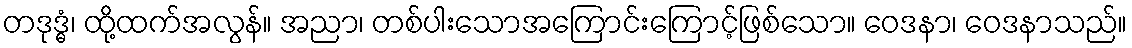
တဒုဒ္ဓံ၊ ထို့ထက်အလွန်။ အညာ၊ တစ်ပါးသောအကြောင်းကြောင့်ဖြစ်သော။ ဝေဒနာ၊ ဝေဒနာသည်။